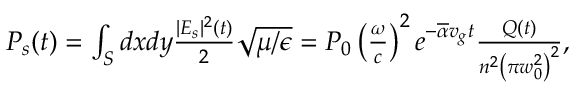
\begin{array} { r } { P _ { s } ( t ) = \int _ { S } d x d y \frac { | E _ { s } | ^ { 2 } ( t ) } { 2 } \sqrt { \mu / \epsilon } = P _ { 0 } \left( \frac { \omega } { c } \right) ^ { 2 } e ^ { - \overline { { \alpha } } v _ { g } t } \frac { Q ( t ) } { n ^ { 2 } \left( \pi w _ { 0 } ^ { 2 } \right) ^ { 2 } } , } \end{array}